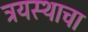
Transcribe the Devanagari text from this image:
त्रयस्थाचा